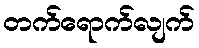
တက်ရောက်လျက်